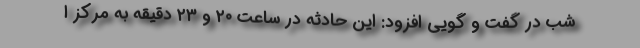
شب در گفت و گویی افزود: این حادثه در ساعت ۲۰ و ۲۳ دقیقه به مرکز ا